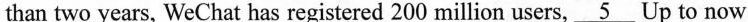
than two years, WeChat has registered 200 million users,\underline{5}Up to now